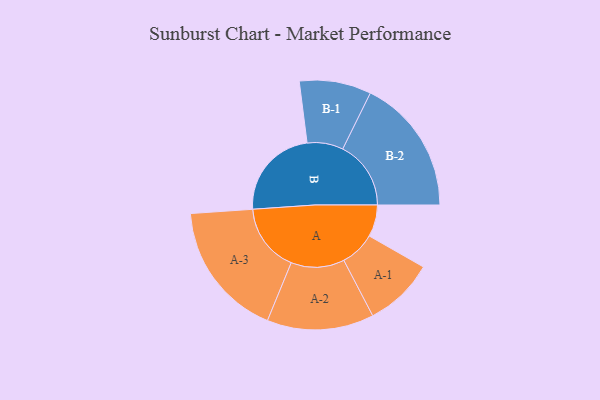
{"axis": {"x": "Segment", "y": "Value"}, "legend": ["", "A", "B"], "data": [{"x": "A", "y": 140, "type": ""}, {"x": "B", "y": 408, "type": ""}, {"x": "A-1", "y": 154, "type": "A"}, {"x": "A-2", "y": 235, "type": "A"}, {"x": "A-3", "y": 300, "type": "A"}, {"x": "B-1", "y": 158, "type": "B"}, {"x": "B-2", "y": 300, "type": "B"}]}